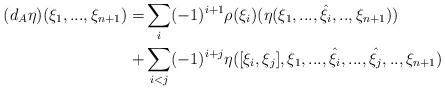
LaTeX: \begin{align*} (d_A\eta)(\xi_1,...,\xi_{n+1})=&\sum_{i}(-1)^{i+1}\rho(\xi_i)(\eta(\xi_1,...,\hat{\xi_i},..,\xi_{n+1}))\\+&\sum_{i<j}(-1)^{i+j}\eta([\xi_i,\xi_j],\xi_1,...,\hat{\xi_i},...,\hat{\xi_j},..,\xi_{n+1})\end{align*}